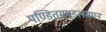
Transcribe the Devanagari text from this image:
पण्डितमण्डलमण्न